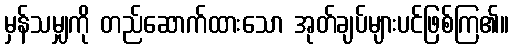
မှန်သမျှကို တည်ဆောက်ထားသော အုတ်ချပ်များပင်ဖြစ်ကြ၏။